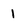
Character: 1